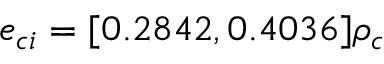
e _ { c i } = [ 0 . 2 8 4 2 , 0 . 4 0 3 6 ] \rho _ { c }